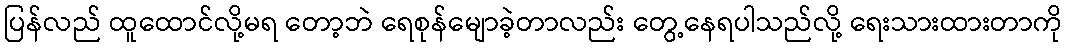
ပြန်လည် ထူထောင်လို့မရ တော့ဘဲ ရေစုန်မျောခဲ့တာလည်း တွေ့နေရပါသည်လို့ ရေးသားထားတာကို